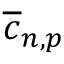
\overline { { c } } _ { n , p }